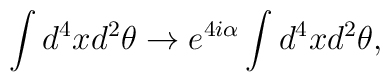
\int d^4x d^2\theta \to e^{4i\alpha}\int d^4x d^2\theta,